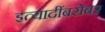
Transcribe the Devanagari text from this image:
इत्यादींबरोबर